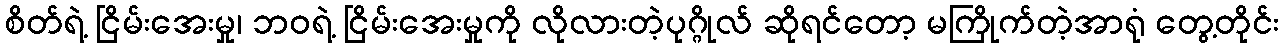
စိတ်ရဲ့ ငြိမ်းအေးမှု၊ ဘဝရဲ့ ငြိမ်းအေးမှုကို လိုလားတဲ့ပုဂ္ဂိုလ် ဆိုရင်တော့ မကြိုက်တဲ့အာရုံ တွေ့တိုင်း